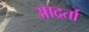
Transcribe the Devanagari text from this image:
आद्रर्ता